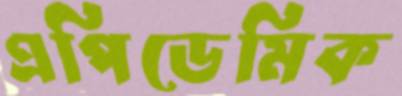
এপিডেমিক